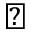
\sharp